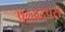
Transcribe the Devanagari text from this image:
प्रल्हादपरा